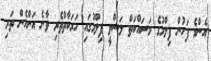
އެންމެ ފަހުން ފިލްމުގެ މަސައްކަތް ލަސްވީ ފިލްމުގައި ހަރަކާތްތެރި ވާނެ އަންހެން ތަރި